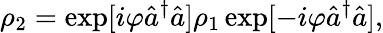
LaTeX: \rho_{2}=\exp[i\varphi\hat{a}^{\dagger}\hat{a}]\rho_{1}\exp[-i\varphi\hat{a}^{\dagger}\hat{a}],